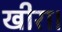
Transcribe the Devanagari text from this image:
खीरा।